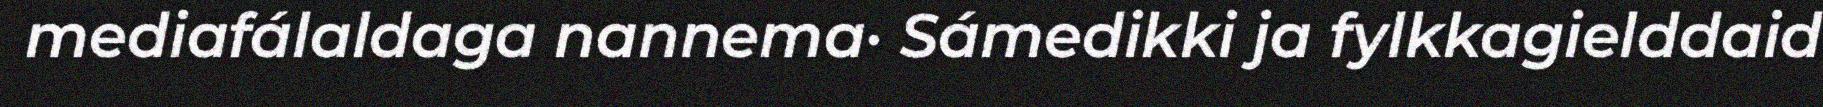
mediafálaldaga nannema· Sámedikki ja fylkkagielddaid